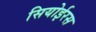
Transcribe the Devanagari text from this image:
सियोईरस